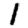
Digit: 1